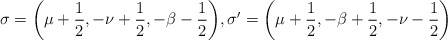
\begin{align*}\sigma=\bigg(\mu+\frac{1}{2}, -\nu+\frac{1}{2}, -\beta-\frac{1}{2}\bigg), \sigma'=\bigg(\mu+\frac{1}{2}, -\beta+\frac{1}{2}, -\nu-\frac{1}{2}\bigg)\end{align*}